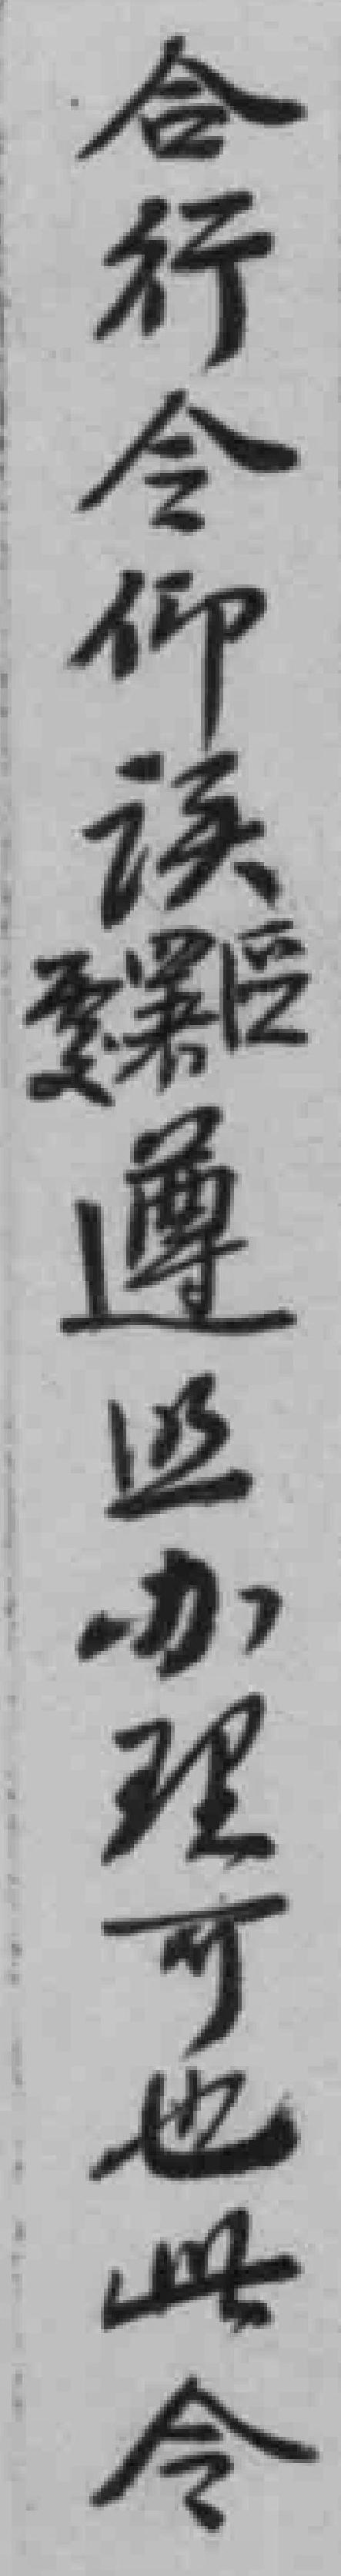
合行令仰*雯属區遵照办理可也此令